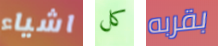
اشياء كل بقربه